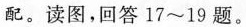
配。读图，回答17~19题。